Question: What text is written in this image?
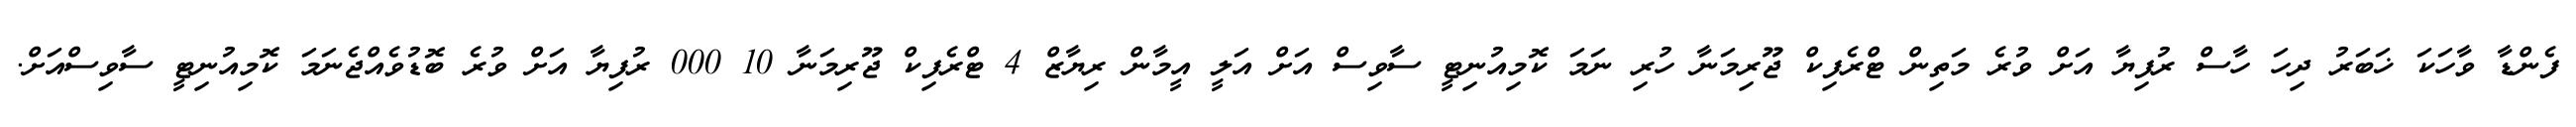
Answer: ފެންޑާ ވާހަކަ ޚަބަރު ދިހަ ހާސް ރުފިޔާ އަށް ވުރެ މަތިން ޓްރެފިކް ޖޫރިމަނާ ހުރި ނަމަ ކޮމިއުނިޓީ ސާވިސް އަށް އަލީ އީމާން ރިޔާޒް 4 ޓްރެފިކް ޖޫރިމަނާ 10 000 ރުފިޔާ އަށް ވުރެ ބޮޑުވެއްޖެނަމަ ކޮމިއުނިޓީ ސާވިސްއަށް.